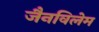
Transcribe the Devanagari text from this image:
जैनविलेम